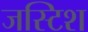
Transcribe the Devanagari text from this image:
जस्टिश